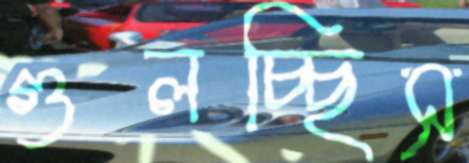
গুলচ্ছিস